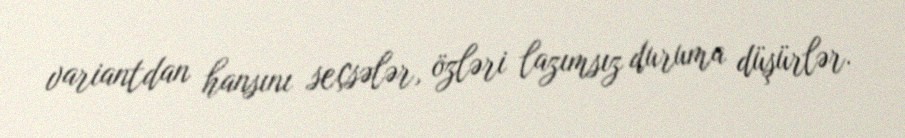
variantdan hansını seçsələr, özləri lazımsız duruma düşürlər.